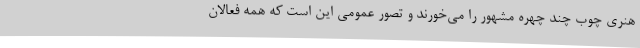
هنری چوب چند چهره مشهور را می‌خورند و تصور عمومی این است که همه فعالان